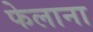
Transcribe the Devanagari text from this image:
फेलाना